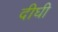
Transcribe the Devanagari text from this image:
दीघी